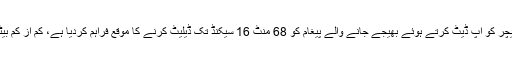
مگر اب واٹس ایپ نے ڈیلیٹ فار ایوری ون فیچر کو اپ ڈیٹ کرتے ہوئے بھیجے جانے والے پیغام کو 68 منٹ 16 سیکنڈ تک ڈیلیٹ کرنے کا موقع فراہم کردیا ہے، کم از کم بیٹا ورژن میں تو یہ اپ ڈیٹ سامنے آچکی ہے۔